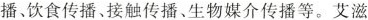
播、饮食传播、接触传播、生物媒介传播等。艾滋